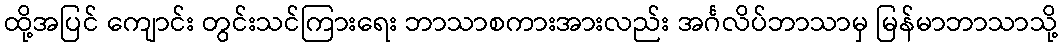
ထို့အပြင် ကျောင်း တွင်းသင်ကြားရေး ဘာသာစကားအားလည်း အင်္ဂလိပ်ဘာသာမှ မြန်မာဘာသာသို့